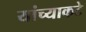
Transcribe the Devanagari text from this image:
यांच्याकटे